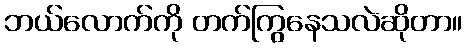
ဘယ်လောက်ကို တက်ကြွနေသလဲဆိုတာ။